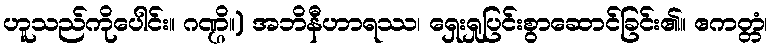
ဟူသည်ကိုပေါင်း။ ဂဏ္ဌိ။) အဘိနီဟာရဿ၊ ရှေးရှုပြင်းစွာဆောင်ခြင်း၏။ ဧကတ္တံ၊